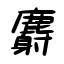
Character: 麝